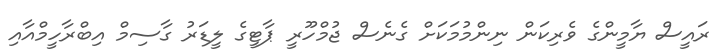
ރައީސް ޔާމީންގެ ވެރިކަން ނިންމުމަކަށް ގެނެސް ޖުމްހޫރީ ޕާޓީގެ ލީޑަރު ގާސިމް އިބްރާހީމްއާއި